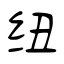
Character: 纽